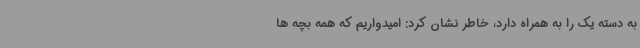
به دسته یک را به همراه دارد، خاطر نشان کرد: امیدواریم که همه بچه ها